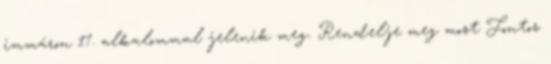
immáron 17. alkalommal jelenik meg. Rendelje meg most Fontos